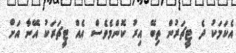
އެކަމަކު ދެ ޓީޗަރުން ތިބޭ އިރު ކޮންމެވެސް އެއް ޓީޗަރަކު އޭނާ އަށް